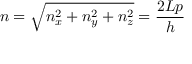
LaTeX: n = { \sqrt { n _ { x } ^ { 2 } + n _ { y } ^ { 2 } + n _ { z } ^ { 2 } } } = { \frac { 2 L p } { h } }